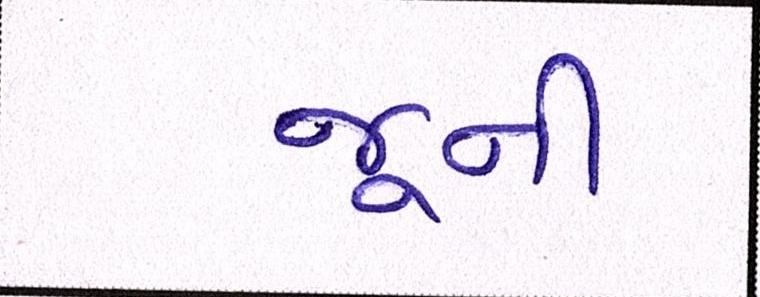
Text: જૂની